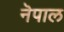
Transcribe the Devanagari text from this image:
नॆपाल